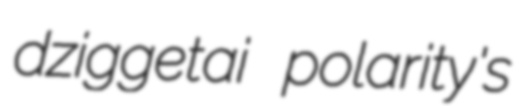
dziggetai polarity's